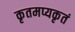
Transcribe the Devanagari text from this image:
कृतमप्यकृतं